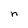
Character: n